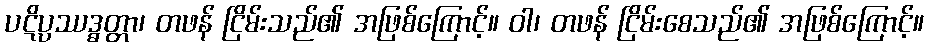
ပဋိပ္ပဿဒ္ဓတ္တာ၊ တဖန် ငြိမ်းသည်၏ အဖြစ်ကြောင့်။ ဝါ၊ တဖန် ငြိမ်းစေသည်၏ အဖြစ်ကြောင့်။